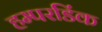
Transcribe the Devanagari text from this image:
हम्परडिंक